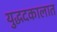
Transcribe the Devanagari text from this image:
युद्धदकालात